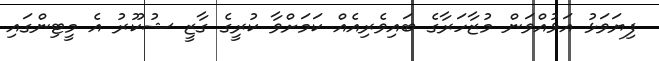
ފިޔަވަޅު އަޅުއްވަން މުޒާހަރާގެ ބައިވެރިއެއް ކަމަށްވާ ކުރީގެ ގާޒީ ޝުކޫރު އެ މީޓިންގައި